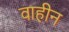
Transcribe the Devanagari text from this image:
वाहीन